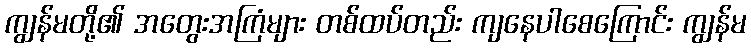
ကျွန်မတို့၏ အတွေးအကြံများ တစ်ထပ်တည်း ကျနေပါစေကြောင်း ကျွန်မ